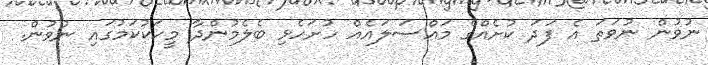
ނުވުން ނުވަތަ އެ ފަދަ ކުށެއްގެ މައްސަލައެއް ހުށަހެޅި ބެލެމުންދާ މީހަކުކަމުގައި ނުވުން.